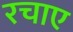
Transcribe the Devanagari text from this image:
रचाए